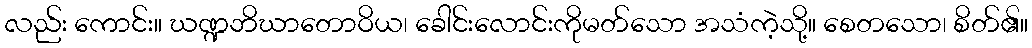
လည်း ကောင်း။ ဃဏ္ဍဘိဃာတောဝိယ၊ ခေါင်းလောင်းကိုမတ်သော အသံကဲ့သို့။ စေတသော၊ စိတ်၏။